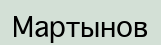
Мартынов